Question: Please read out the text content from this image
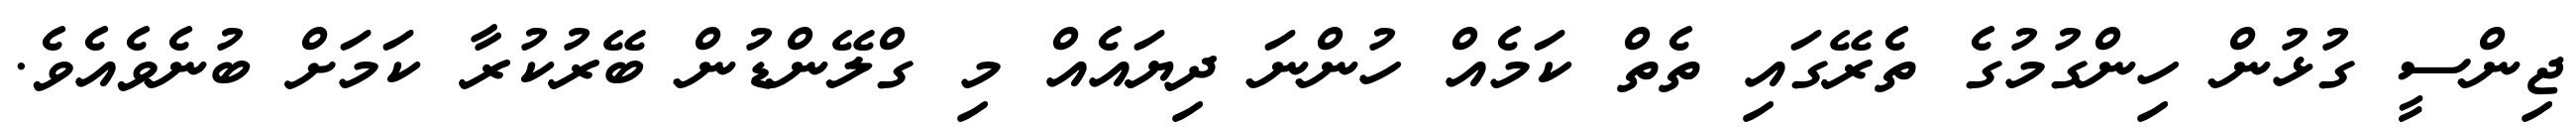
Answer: ޖިންސީ ގުޅުން ހިންގުމުގެ ތެރޭގައި ތެތް ކަމެއް ހުންނަ ދިޔައެއް މި ގްލޭންޑުން ބޭރުކުރާ ކަމަށް ބުނެވެއެވެ.